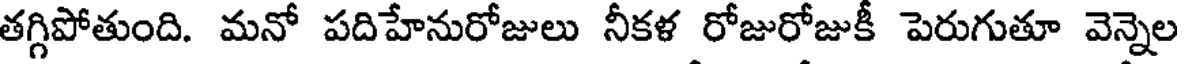
తగ్గిపోతుంది. మనో పదిహేనురోజులు నీకళ రోజురోజుకీ పెరుగుతూ వెన్నెల